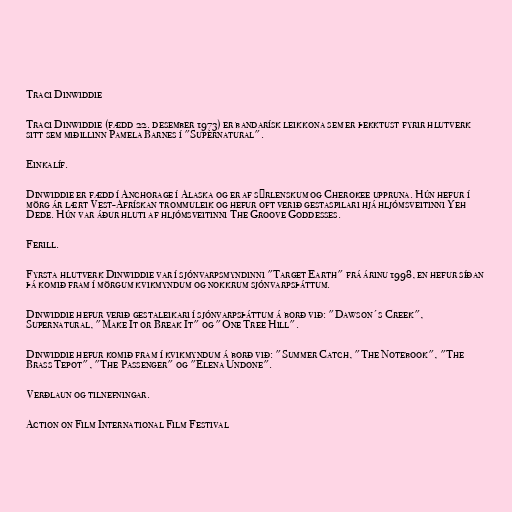
Traci Dinwiddie

Traci Dinwiddie (fædd 22. desember 1973) er bandarísk leikkona sem er þekktust fyrir hlutverk
sitt sem miðillinn Pamela Barnes í "Supernatural".

Einkalíf.

Dinwiddie er fædd í Anchorage í Alaska og er af sýrlenskum og Cherokee uppruna. Hún hefur í
mörg ár lært Vest-Afrískan trommuleik og hefur oft verið gestaspilari hjá hljómsveitinni Yeh
Dede. Hún var áður hluti af hljómsveitinni The Groove Goddesses.

Ferill.

Fyrsta hlutverk Dinwiddie var í sjónvarpsmyndinni "Target Earth" frá árinu 1998, en hefur síðan
þá komið fram í mörgum kvikmyndum og nokkrum sjónvarpsþáttum.

Dinwiddie hefur verið gestaleikari í sjónvarpsþáttum á borð við: "Dawson´s Creek",
Supernatural, "Make It or Break It" og "One Tree Hill".

Dinwiddie hefur komið fram í kvikmyndum á borð við: "Summer Catch, "The Notebook", "The
Brass Tepot", "The Passenger" og "Elena Undone".

Verðlaun og tilnefningar.

Action on Film International Film Festival